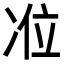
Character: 𭂏